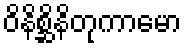
ဝိနိစ္ဆိနိတုကာမော